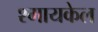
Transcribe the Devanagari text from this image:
श्मायकेल